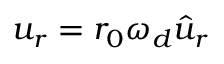
u _ { r } = r _ { 0 } \omega _ { d } \hat { u } _ { r }